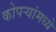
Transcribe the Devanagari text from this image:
कोपऱ्यांमध्ये